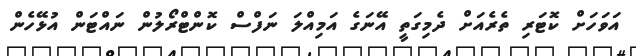
އަވަހަށް ކޮޓަރި ތެރެއަށް ދެމިގަތީ އޭނަގެ އަމިއްލަ ނަފްސް ކޮންޓްރޯލުން ނައްޓަން އުޅޭހެން